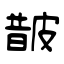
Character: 皵